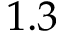
1 . 3